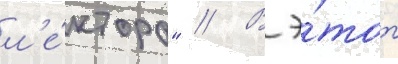
л'е́ктора" // В э́тот